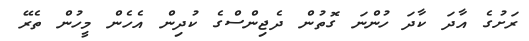
ރަށުގެ އާދަ ކާދަ ހުންނަ ގޮތުން ދެޖިންސްގެ ކުދިން އެހެން މީހުން ތެރޭ